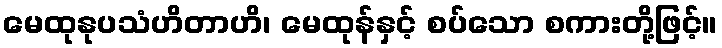
မေထုနုပသံဟိတာဟိ၊ မေထုန်နှင့် စပ်သော စကားတို့ဖြင့်။